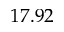
1 7 . 9 2